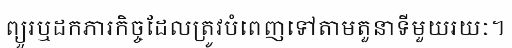
ព្យួរឬដកភារកិច្ចដែលត្រូវបំពេញទៅតាមតួនាទីមួយរយៈ។